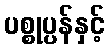
ပစ္စုပ္ပန်နှင့်